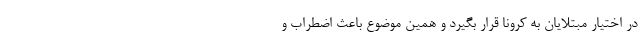
در اختیار مبتلایان به کرونا قرار بگیرد و همین موضوع باعث اضطراب و